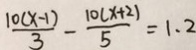
\frac { 1 0 ( x - 1 ) } { 3 } - \frac { 1 0 ( x + 2 ) } { 5 } = 1 . 2